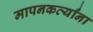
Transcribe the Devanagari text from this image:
मापनकर्त्यांना